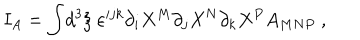
LaTeX: I _ { A } = \int \! d ^ { 3 } \xi \; \varepsilon ^ { i j k } \partial _ { i } X ^ { M } \partial _ { j } X ^ { N } \partial _ { k } X ^ { P } A _ { M N P } \ ,